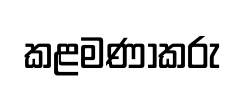
කළමණාකරු